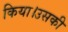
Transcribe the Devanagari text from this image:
किया।उसकी